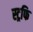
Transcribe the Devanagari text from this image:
स्ट्रफि